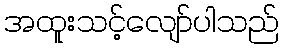
အထူးသင့်လျော်ပါသည်